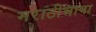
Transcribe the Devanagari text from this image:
मराठीभाषा